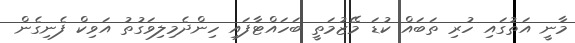
މާނީ އަތުގައި ހުރި ތަބައް ކުޑަ މޭޒުމަތީ ބަހައްޓާފައި ހިންދެމިލިވަގުތު އަވިކް ފެނިގެން